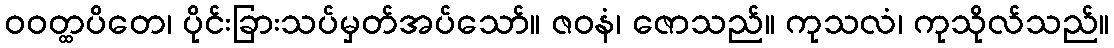
ဝဝတ္ထပိတေ၊ ပိုင်းခြားသပ်မှတ်အပ်သော်။ ဇဝနံ၊ ဇောသည်။ ကုသလံ၊ ကုသိုလ်သည်။